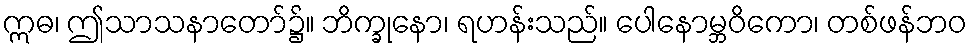
ဣဓ၊ ဤသာသနာတော်၌။ ဘိက္ခုနော၊ ရဟန်းသည်။ ပေါနောမ္ဘဝိကော၊ တစ်ဖန်ဘဝ